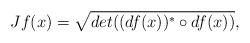
LaTeX: \begin{align*}Jf(x)= \sqrt{det((df(x))^{*} \circ df(x)) },\end{align*}